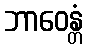
ဘာဝေန္တံ